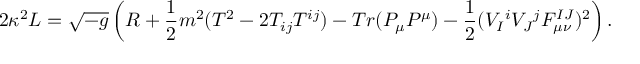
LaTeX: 2 \kappa ^ { 2 } { \cal L } = \sqrt { - g } \left( R + { \frac { 1 } { 2 } } m ^ { 2 } ( T ^ { 2 } - 2 T _ { i j } T ^ { i j } ) - T r ( P _ { \mu } P ^ { \mu } ) - { \frac { 1 } { 2 } } ( V _ { I } { } ^ { i } V _ { J } { } ^ { j } F _ { \mu \nu } ^ { I J } ) ^ { 2 } \right) .